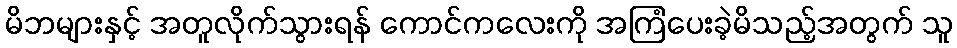
မိဘများနှင့် အတူလိုက်သွားရန် ကောင်ကလေးကို အကြံပေးခဲ့မိသည့်အတွက် သူ